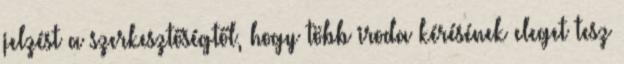
jelzést a szerkesztőségtől, hogy több iroda kérésének eleget tesz